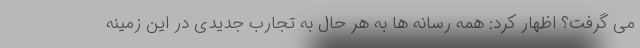
می گرفت؟ اظهار کرد: همه رسانه ها به هر حال به تجارب جدیدی در این زمینه